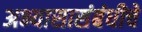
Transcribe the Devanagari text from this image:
अभ्यासासंबंधीचे